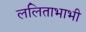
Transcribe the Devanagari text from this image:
ललिताभाभी